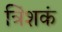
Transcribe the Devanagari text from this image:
त्रिंशकं